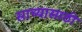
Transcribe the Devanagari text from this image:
साच्यासाठी